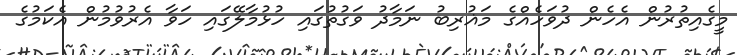
މީގެއިތުރުން އެހެން ދުވަހެއްގެ މަޣުރިބު ނަމާދު ވަގުތުގައި ހުޅުމާލޭގައި ހަވާ އެރުވުމުން އެކަމުގެ